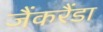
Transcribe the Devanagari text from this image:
जैंकरैंडा